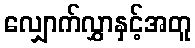
လျှောက်လွှာနှင့်အတူ